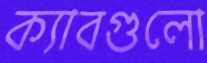
ক্যাবগুলো